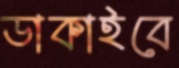
ডাকাইবে